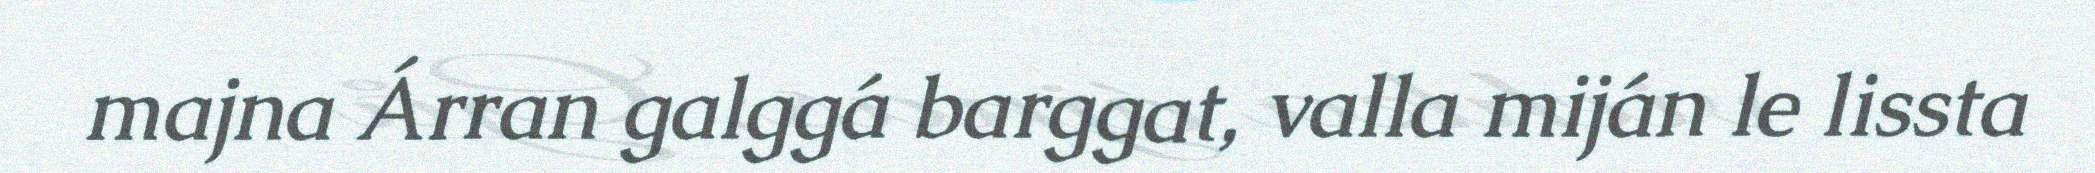
majna Árran galggá barggat, valla miján le lissta